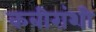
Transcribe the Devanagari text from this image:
कबीरांशी